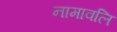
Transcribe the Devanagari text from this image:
नामावलि